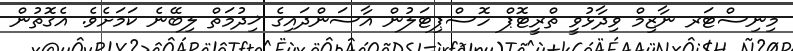
މިނިސްޓަރ ނާޒިމް ވިދާޅުވީ ތްރީޓޮޕް ހޮސްޕިޓަލުން އާސަންދައިގެ ޚިދުމަތް ލިބޭނެ ކަމަށެވެ. އެގޮތުން